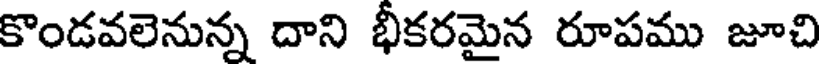
కొండవలెనున్న దాని భీకరమైన రూపము జూచి